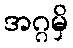
အဂ္ဂမှိ